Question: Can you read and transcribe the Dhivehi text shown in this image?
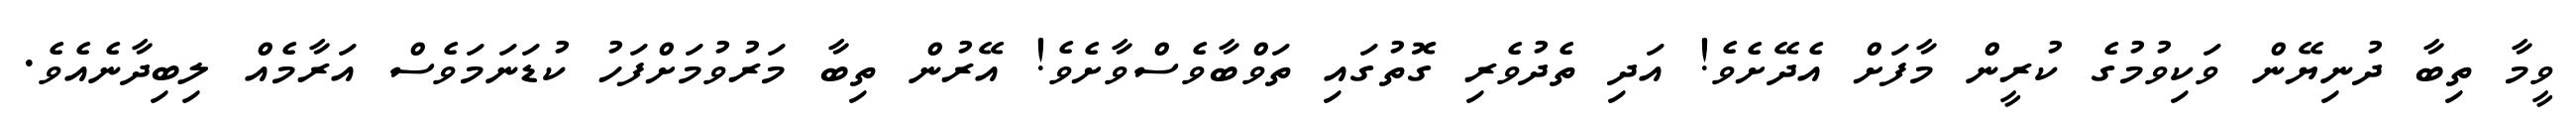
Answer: ވީމާ ތިބާ ދުނިޔޭން ވަކިވުމުގެ ކުރީން މާފަށް އެދޭށެވެ! އަދި ތެދުވެރި ގޮތުގައި ތަވްބާވެސްވާށެވެ! އޭރުން ތިބާ މަރުވުމަށްފަހު ކުޑަނަމަވެސް އަރާމެއް ލިބިދާނެއެވެ.